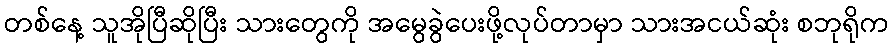
တစ်နေ့ သူအိုပြီဆိုပြီး သားတွေကို အမွေခွဲပေးဖို့လုပ်တာမှာ သားအငယ်ဆုံး စဘုရိုက